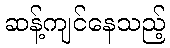
ဆန့်ကျင်နေသည့်